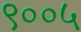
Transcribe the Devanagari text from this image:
९००५